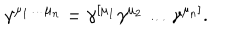
\gamma ^ { \mu _ { 1 } \ldots \mu _ { n } } = \gamma ^ { [ \mu _ { 1 } } \gamma ^ { \mu _ { 2 } } \ldots \gamma ^ { \mu _ { n } ] } .